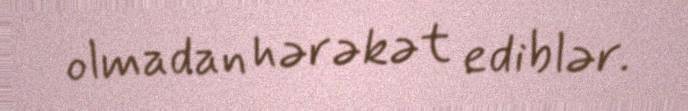
olmadan hərəkət ediblər.